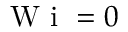
\textrm { W i } = 0